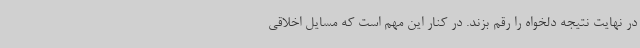
در نهایت نتیجه دلخواه را رقم بزند. در کنار این مهم است که مسایل اخلاقی